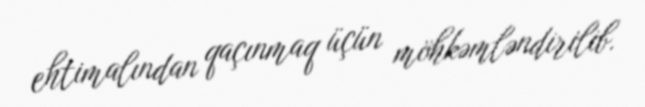
ehtimalından qaçınmaq üçün möhkəmləndirilib.